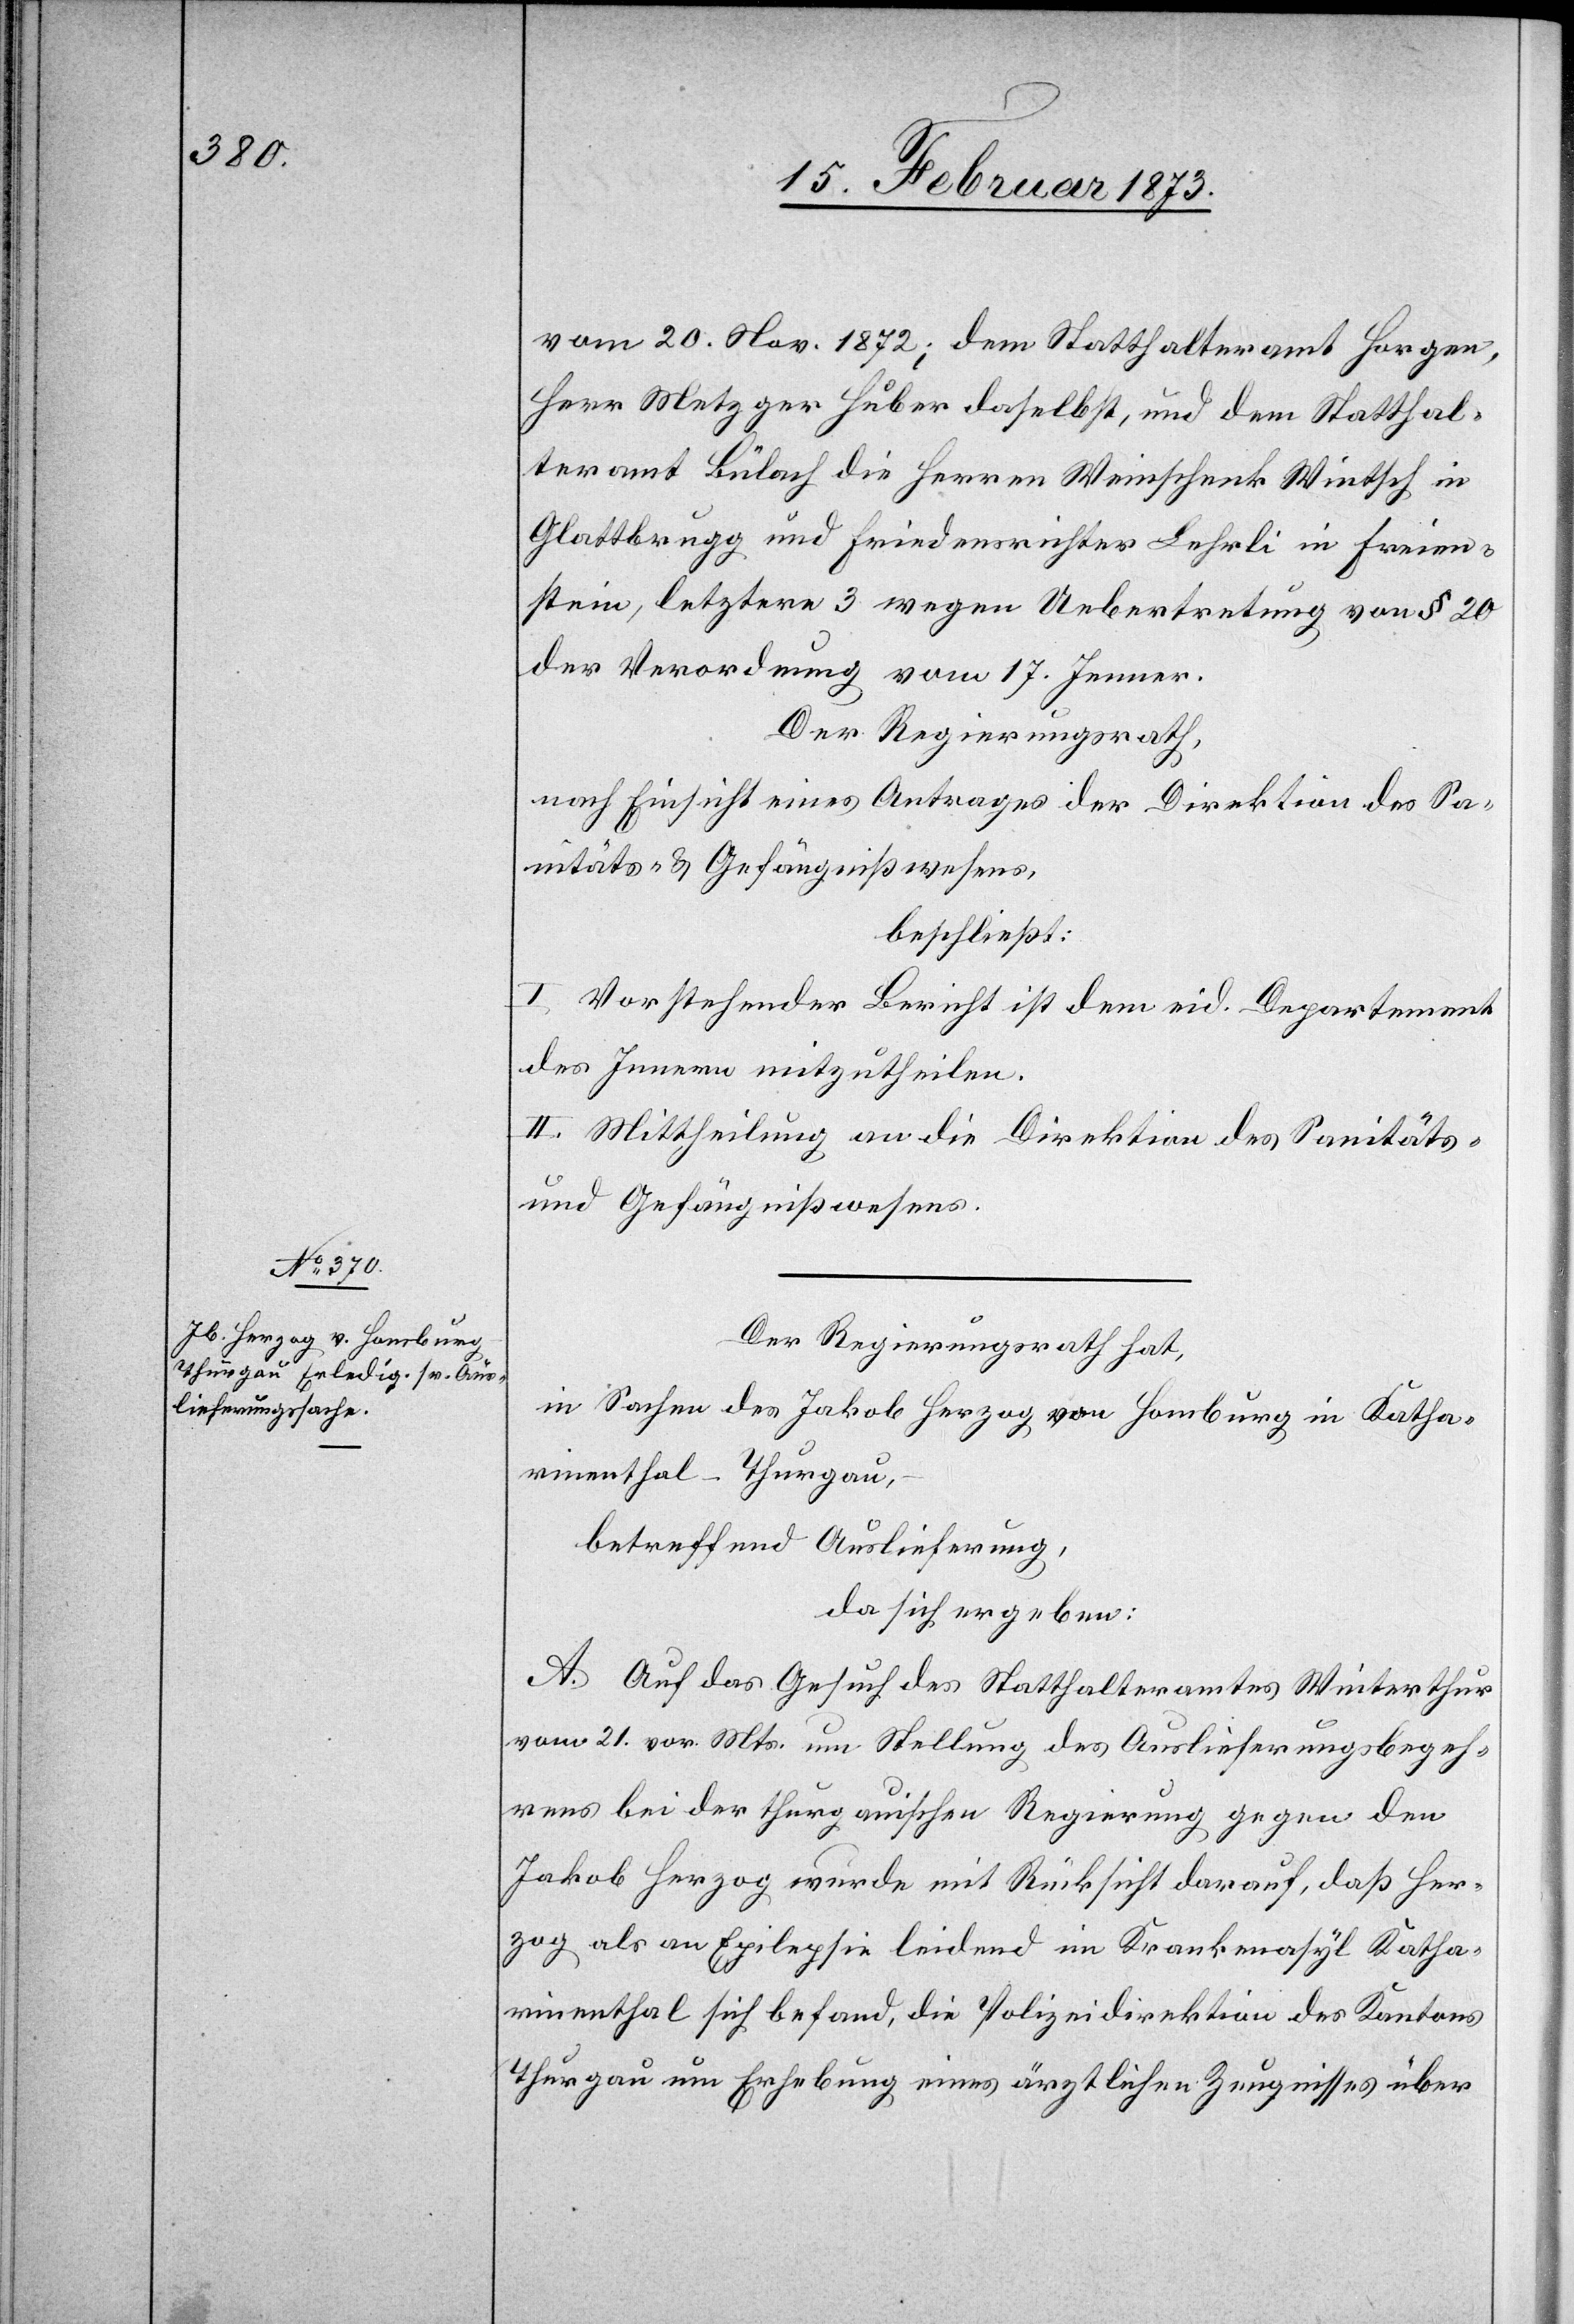
vom 20. Nov. 1872; dem Statthalteramt Horgen,
Herr Metzger Huber daselbst, und dem Statthal¬
teramt Bülach die Herren Weinschenk Wintsch in
Glattbrugg und Friedensrichter Lehrli in Freien¬
stein, letztere 3 wegen Uebertretung von § 20
der Verordnung vom 17. Jenner.
Der Regierungsrath,
nach Einsicht eines Antrages der Direktion des Sa¬
nitäts- u. Gefängnißwesens,
beschließt:
I. Vorstehender Bericht ist dem eid. Departement
des Innern mitzutheilen.
II. Mittheilung an die Direktion des Sanitäts-
und Gefängnißwesens.
Der Regierungsrath hat,
in Sachen des Jakob Herzog von Homburg in Katha¬
rinenthal-Thurgau,
betreffend Auslieferung,
da sich ergeben:
A. Auf das Gesuch des Statthalteramtes Winterthur
vom 21. vor. Mts. um Stellung des Auslieferungsbegeh¬
rens bei der thurgauischen Regierung gegen den
Jakob Herzog wurde mit Rücksicht darauf, daß Her¬
zog als an Epilepsie leidend im Krankenasyl Katha¬
rinenthal sich befand, die Polizeidirektion des Kantons
Thurgau um Erhebung eines ärztlichen Zeugnisses über